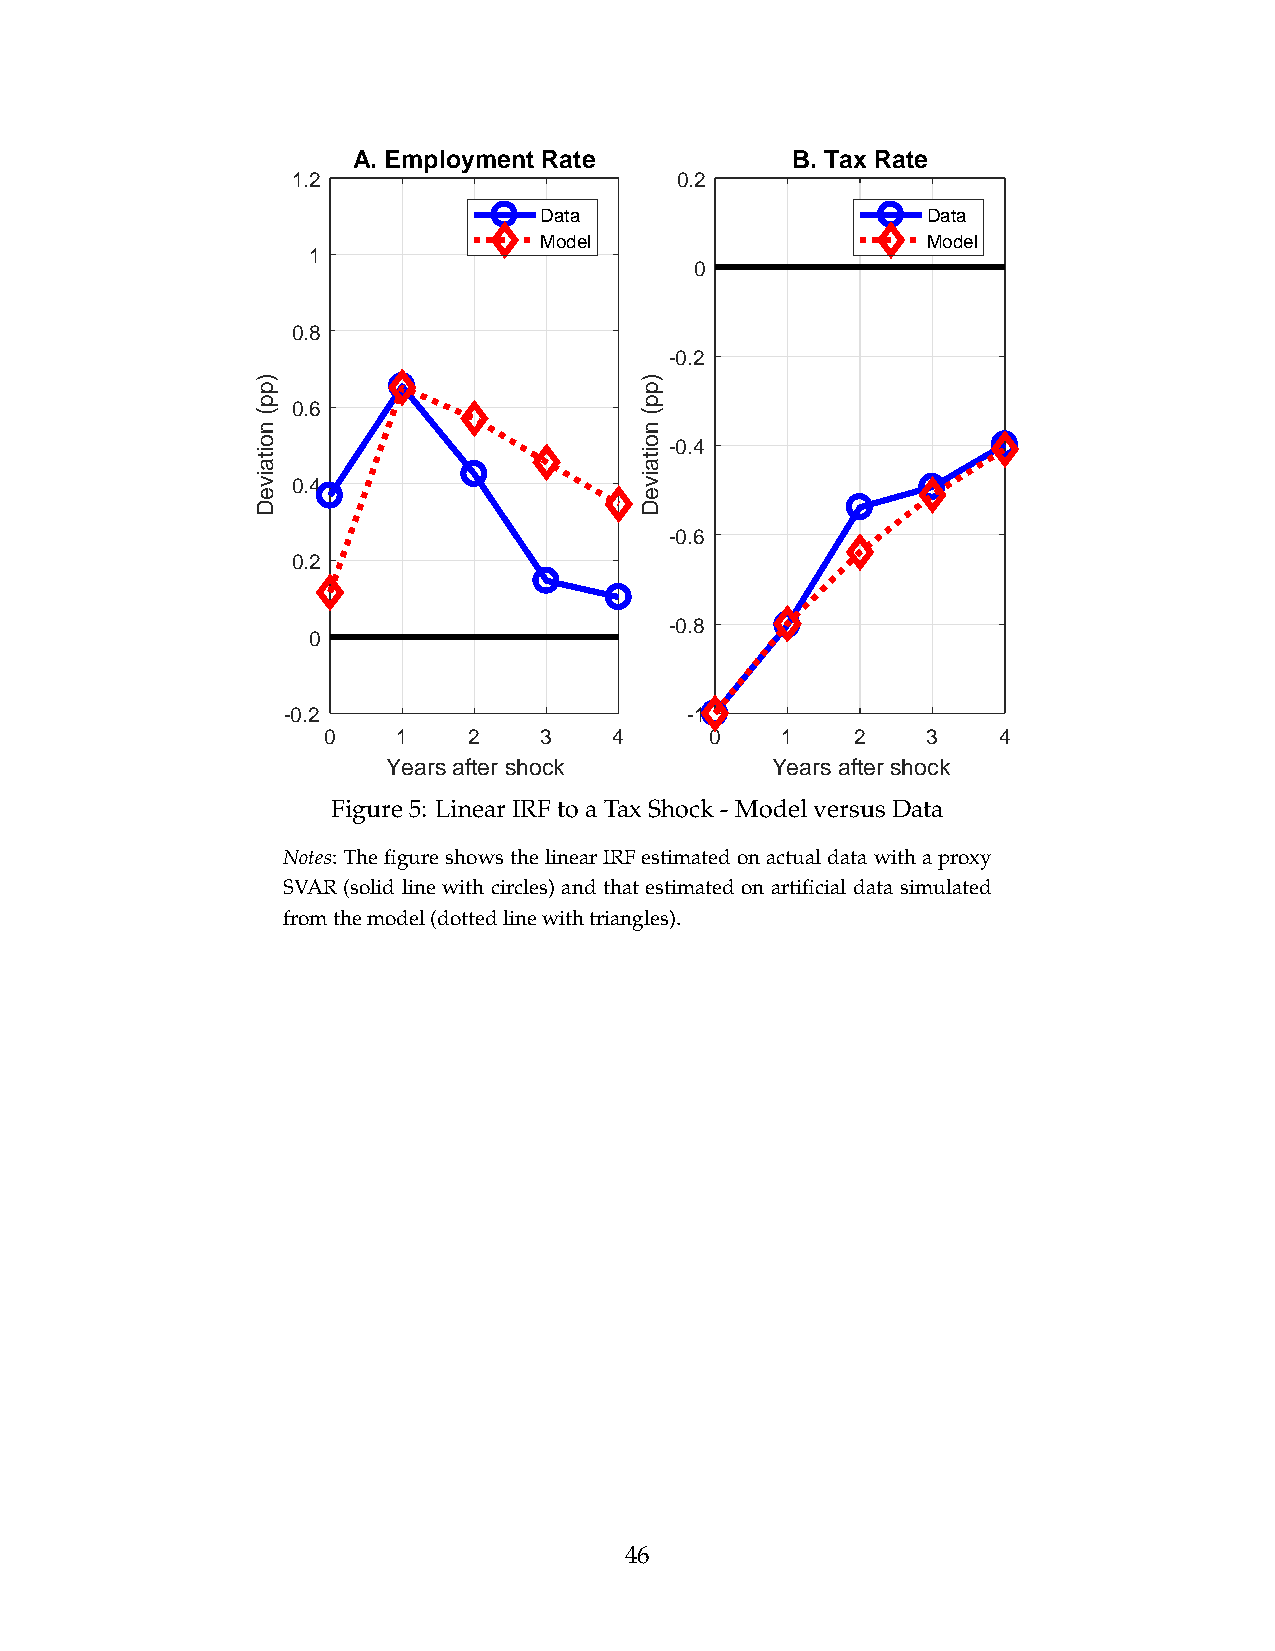
A. Employment Rate           B. Tax Rate
 1.2                       0.2
 Data                     Data
 Model                    Model
 1
 0
 0.8
 -0.2
 0.6
 -0.4
 0.4
 -0.6
 0.2
 -0.8
 0
 -0.2                      -1
 0    1    2    3    4     0    1    2   3    4
 Years after shock        Years after shock
 Figure5: LinearIRFtoaTaxShock-ModelversusData
 Notes: ThefigureshowsthelinearIRFestimatedonactualdatawithaproxy
 SVAR (solid line with circles) and that estimated on artificial data simulated
 fromthemodel(dottedlinewithtriangles).
 46
 )pp(
 noitaiveD
 )pp(
 noitaiveD